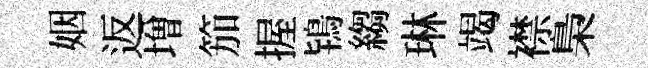
姻返増笳握鴇縐琳竭襟梟